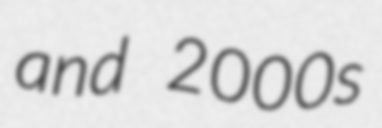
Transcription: and 2000s